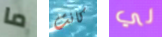
ما كانت لي